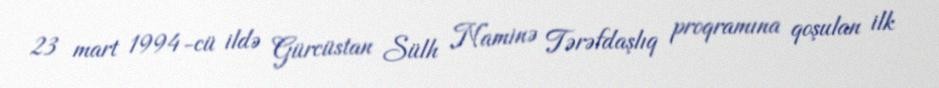
23 mart 1994-cü ildə Gürcüstan Sülh Naminə Tərəfdaşlıq proqramına qoşulan ilk